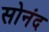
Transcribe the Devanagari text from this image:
सोनंद